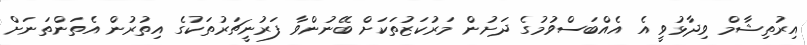
އިރުތިޝާމް ވިދާޅުވީ އެ އެއްބަސްވުމުގެ ދަށުން މަރުކަޒުތަކަށް ބޭނުންވާ ފަރުނީޗަރުތަކުގެ އިތުރުން އެތަންތަނަށް